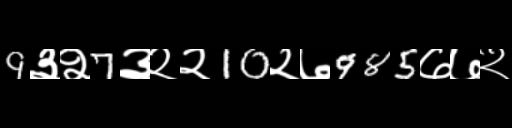
Text: 9३२7३२२10२७985७७२